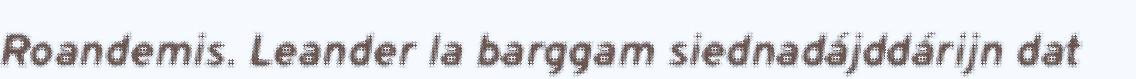
Roandemis. Leander la barggam siednadájddárijn dat